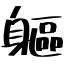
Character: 軀